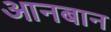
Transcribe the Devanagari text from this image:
आनबान